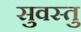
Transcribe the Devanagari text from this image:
सुवस्तु